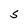
Character: S